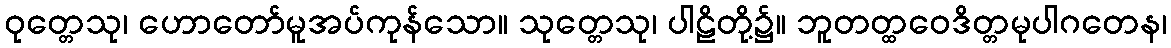
ဝုတ္တေသု၊ ဟောတော်မူအပ်ကုန်သော။ သုတ္တေသု၊ ပါဠိတို့၌။ ဘူတတ္ထဝေဒိတ္တမုပါဂတေန၊